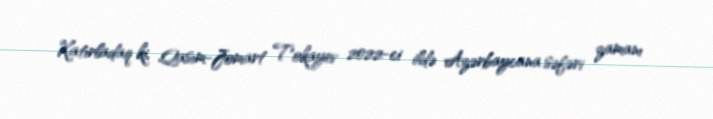
Xatırladaq ki, Qasım-Jomart Tokayev 2022-ci ildə Azərbaycana səfəri zamanı